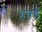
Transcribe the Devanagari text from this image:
हवर्ड